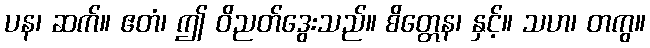
ပန၊ ဆက်။ ဧတံ၊ ဤ ဝိညတ်ဒွေးသည်။ စိတ္တေန၊ နှင့်။ သဟ၊ တကွ။